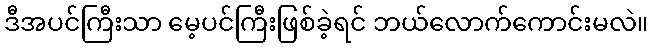
ဒီအပင်ကြီးသာ မေ့ပင်ကြီးဖြစ်ခဲ့ရင် ဘယ်လောက်ကောင်းမလဲ။